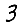
Digit: 3